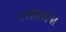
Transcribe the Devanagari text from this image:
पराशरांना